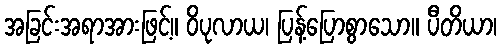
အခြင်းအရာအားဖြင့်။ ဝိပုလာယ၊ ပြန့်ပြောစွာသော။ ပီတိယာ၊